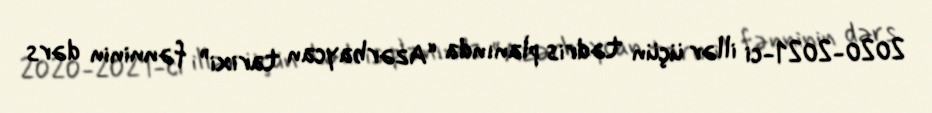
2020-2021-ci illər üçün tədris planında “Azərbaycan tarixi” fənninin dərs